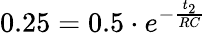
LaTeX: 0.25=0.5\cdot e^{-\frac{t_{2}}{RC}}